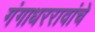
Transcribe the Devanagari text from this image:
गंगाधररावांचे